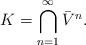
LaTeX: \begin{align*} K=\bigcap_{n=1}^{\infty} \bar V^{n}.\end{align*}